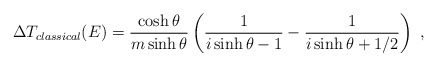
\begin{align*}\Delta T_{classical}(E)=\frac{\cosh\theta}{m\sinh\theta}\left(\frac{1}{i\sinh\theta -1}-\frac{1}{i\sinh\theta +1/2}\right)\ ,\end{align*}